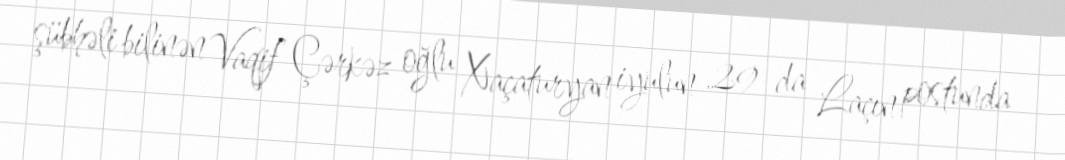
şübhəli bilinən Vaqif Çərkəz oğlu Xaçaturyan iyulun 29-da Laçın postunda